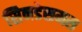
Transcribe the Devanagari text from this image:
सिनडेसमस